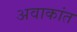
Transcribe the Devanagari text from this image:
अवाकांत